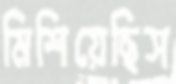
মিশিয়েছিস